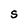
Character: S